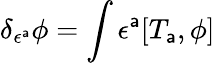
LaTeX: \delta_{\epsilon^{\mathsf{a}}}\phi=\int\epsilon^{\mathsf{a}}[T_{\mathsf{a}},\phi]